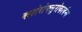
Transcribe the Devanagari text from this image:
क्लोरोफ्लुरोकार्बन्स